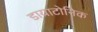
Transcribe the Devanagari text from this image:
डायाटोनिक